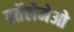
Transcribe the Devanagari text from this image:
बर्तेलेमेओ